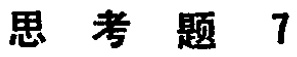
思考题 7